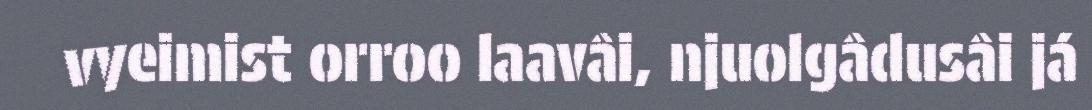
vyeimist orroo laavâi, njuolgâdusâi já